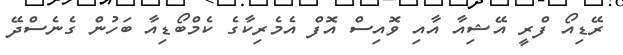
ރޭޑިއޯ ފްރީ އޭޝިއާ އާއި ވޮއިސް އޮފް އެމެރިކާގެ ކެމްބޯޑިއާ ބަހުން ގެނެސްދޭ